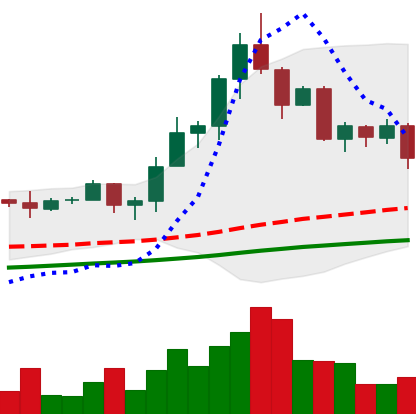
Ticker: TRX-USD
Chart end date: 2020-08-25
Forward return: 16.514%
Label: up_7plus